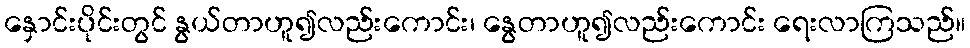
နှောင်းပိုင်းတွင် နွယ်တာဟူ၍လည်းကောင်း၊ နွေတာဟူ၍လည်းကောင်း ရေးလာကြသည်။